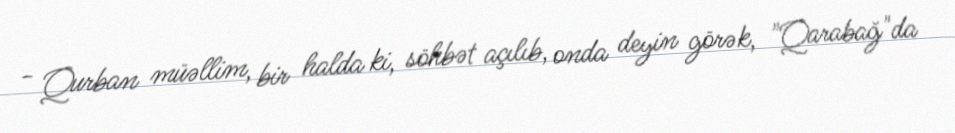
- Qurban müəllim, bir halda ki, söhbət açılıb, onda deyin görək, "Qarabağ"da